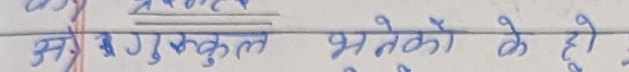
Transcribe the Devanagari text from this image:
गुरुकुल भनेको के हो ?